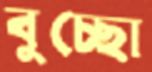
বুচ্ছো